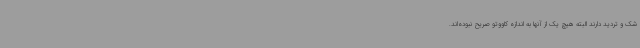
شک و تردید دارند البته هیچ یک از آنها به اندازه کاووتو صریح نبوده‌اند.